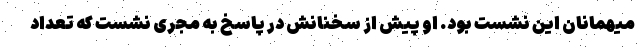
میهمانان این نشست بود. او پیش از سخنانش در پاسخ به مجری نشست که تعداد